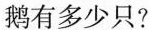
鹅有多少只?